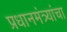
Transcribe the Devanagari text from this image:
प्रधानमंत्र्यांचा